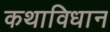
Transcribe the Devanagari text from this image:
कथाविधान